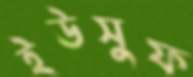
ইউসুফ